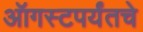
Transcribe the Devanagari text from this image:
ऑगस्टपर्यंतचे